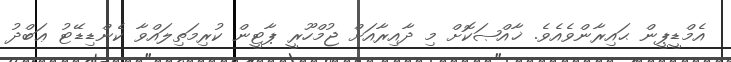
އެމްޑީޕީން ޙައިރާންވެއެވެ. ޚާއްޞަކޮށް މި ދާއިރާއަށް ޖުމްހޫރީ ޕާޓީން ކުރިމަތިލައްވާ ކެންޑިޑޭޓު ޢަބްދު